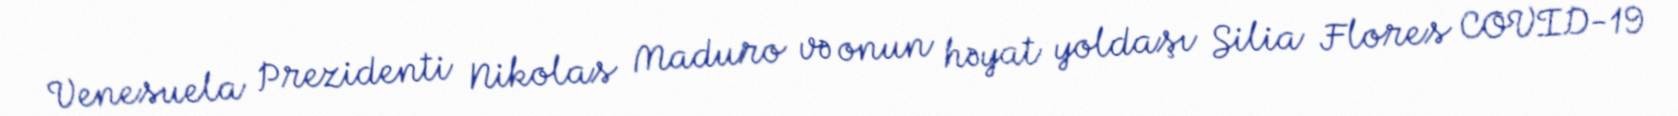
Venesuela Prezidenti Nikolas Maduro və onun həyat yoldaşı Silia Flores COVID-19